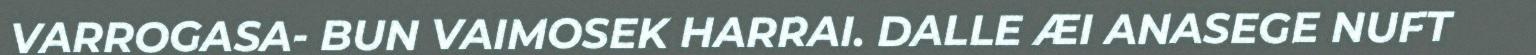
VARROGASA- BUN VAIMOSEK HARRAI. DALLE ÆI ANASEGE NUFT